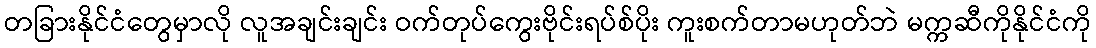
တခြားနိုင်ငံတွေမှာလို လူအချင်းချင်း ဝက်တုပ်ကွေးဗိုင်းရပ်စ်ပိုး ကူးစက်တာမဟုတ်ဘဲ မက္ကဆီကိုနိုင်ငံကို